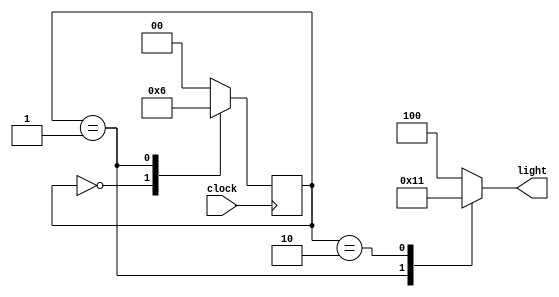
`timescale 1ns / 1ps



    module cyclic_lamp(clock, light);
    input clock;
    output reg [0:2] light;

    parameter s0=0, s1=1, s2=2;
    parameter RED=3'b100, GREEN=3'b010, YELLOW=3'b001;
    reg [0:1] state;

    always @(posedge clock)
        case (state)
            s0: state <= s1;
            s1: state <= s2;
            s2: state <= s0;
            default: state <= s0;
        endcase
    always @(state)
        case (state)
            s0: light = RED;
            s1: light = GREEN;
            s2: light = YELLOW;
            default: light = RED;
        endcase

endmodule